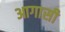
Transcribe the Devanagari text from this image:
आगासी